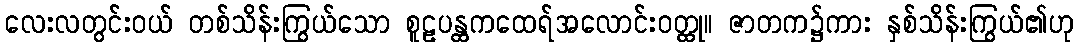
လေးလတွင်းဝယ် တစ်သိန်းကြွယ်သော စူဠပန္ထကထေရ်အလောင်းဝတ္ထု။ ဇာတက၌ကား နှစ်သိန်းကြွယ်၏ဟု